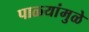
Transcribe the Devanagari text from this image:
पाळ्यांमुळे